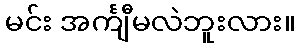
မင်း အင်္ကျီမလဲဘူးလား။